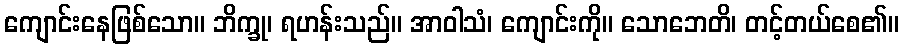
ကျောင်းနေဖြစ်သော။ ဘိက္ခု၊ ရဟန်းသည်။ အာဝါသံ၊ ကျောင်းကို။ သောဘေတိ၊ တင့်တယ်စေ၏။